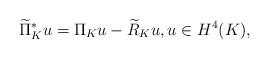
LaTeX: \begin{align*}\widetilde{\Pi}_K^{*}u=\Pi_K u-\widetilde{R}_Ku,u\in H^4(K),\end{align*}